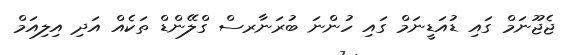
ޖެޖޫނަމް ގައި ޑުއަޑީނަމް ގައި ހުންނަ ބުރަނާރސް ގްލޭންޑް ތަކެއް އަދި އިލިއަމް